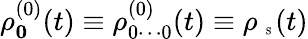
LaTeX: \rho_{\mathbf 0}^{(0)}(t)\equiv\rho_{0\cdots 0}^{(0)}(t)\equiv\rho_{\mathrm{~\tiny~S~}}(t)